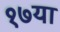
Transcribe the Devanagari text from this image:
१७या